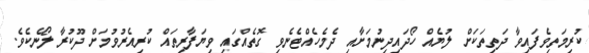
ކުރިމަތިވެފައިވާ ދަތިތަކަށް ލުޔެއް ހޯދައިދިނުމަށާއި ދެމެހެއްޓެނެވި ގޮތެއްގައި ވިޔަފާރިތައް ކުރިއެރުވުމަށް ދޫކުރާ ލޯނެކެވެ.